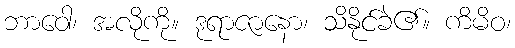
ဘာဝေါ၊ အလိုကို။ ဒုရာဇာနော၊ သိနိုင်ခဲ၏။ ကိမိဝ၊